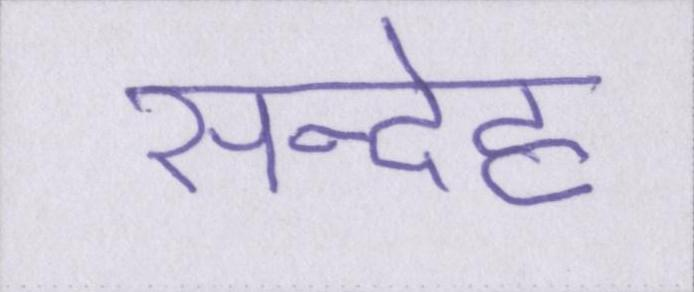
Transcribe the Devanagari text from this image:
सन्देह